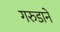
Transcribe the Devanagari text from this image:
गरुडाने